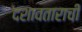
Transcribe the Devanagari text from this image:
दशावताराची